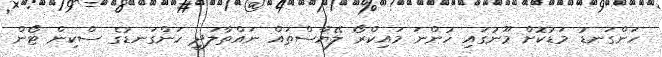
ހަންގަނޑު މަޑުކޮށް މޫނުގައި ހުންނަ މައިކްރޯ ލޭޔާސްތައް ނައްތާލަދީ ހަންގަނޑުގެ ސްކިން ޓޯން